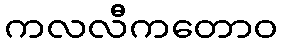
ကလလီကတောဝ